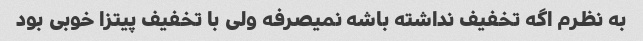
به نظرم اگه تخفیف نداشته باشه نمیصرفه ولی با تخفیف پیتزا خوبی بود